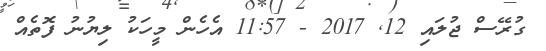
ގުރޭސް ޖުލައި 12